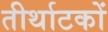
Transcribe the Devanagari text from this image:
तीर्थाटकों